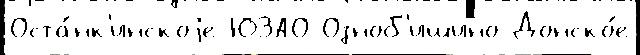
Оста́нк'инскоjе ЮЗАО Озноб'ишино Донско́е